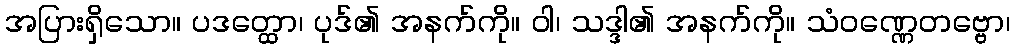
အပြားရှိသော။ ပဒတ္ထော၊ ပုဒ်၏ အနက်ကို။ ဝါ၊ သဒ္ဒါ၏ အနက်ကို။ သံဝဏ္ဏေတဗ္ဗော၊